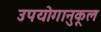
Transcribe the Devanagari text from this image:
उपयोगानुकूल